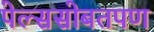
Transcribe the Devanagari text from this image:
पेल्ससोबतपण